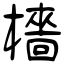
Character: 檣